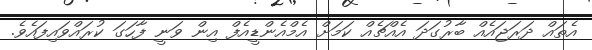
އެތައް ދަރަޖައެއް ބާރުގަދަ އެއްޗެއް ކަމަށް އެމްއެންޑީއެފް އިން ވަނީ ފާހަގަ ކުރައްވައިފައެވެ.